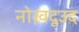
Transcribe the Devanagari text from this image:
नोख़दूउद